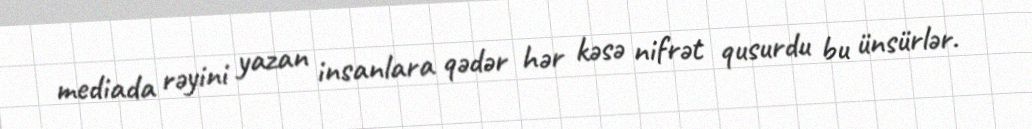
mediada rəyini yazan insanlara qədər hər kəsə nifrət qusurdu bu ünsürlər.